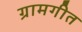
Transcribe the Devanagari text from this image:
ग्रामगीत